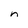
Character: n